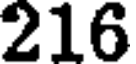
216